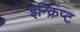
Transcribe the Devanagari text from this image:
इन्क्रिप्ट